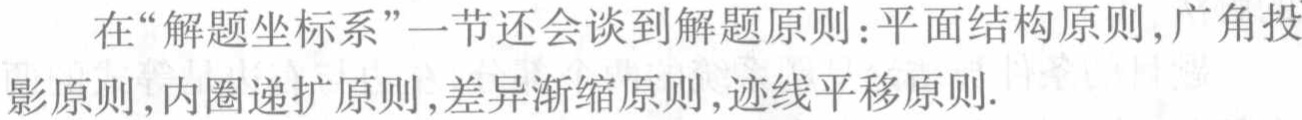
在“解题坐标系”一节还会谈到解题原则：平面结构原则,广角投影原则,内圈递扩原则,差异渐缩原则,迹线平移原则.